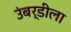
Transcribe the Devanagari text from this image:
उंबर्डीला